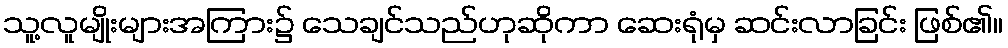
သူ့လူမျိုးများအကြား၌ သေချင်သည်ဟုဆိုကာ ဆေးရုံမှ ဆင်းလာခြင်း ဖြစ်၏။